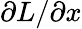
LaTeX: \partial L/\partial x